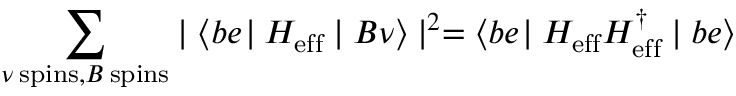
\sum _ { \nu \: \mathrm { s p i n s } , B \: \mathrm { s p i n s } } ^ { } \mid \langle b e \! \mid { \cal H _ { \mathrm { e f f } } } \mid B \nu \rangle \mid ^ { 2 } = \langle b e \! \mid { \cal H _ { \mathrm { e f f } } H _ { \mathrm { e f f } } ^ { \dagger } } \mid b e \rangle